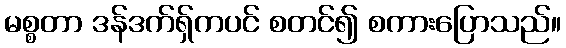
မစ္စတာ ဒန်ဒက်ရှ်ကပင် စတင်၍ စကားပြောသည်။